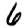
Digit: 6